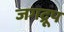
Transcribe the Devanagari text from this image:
जगद्रूप